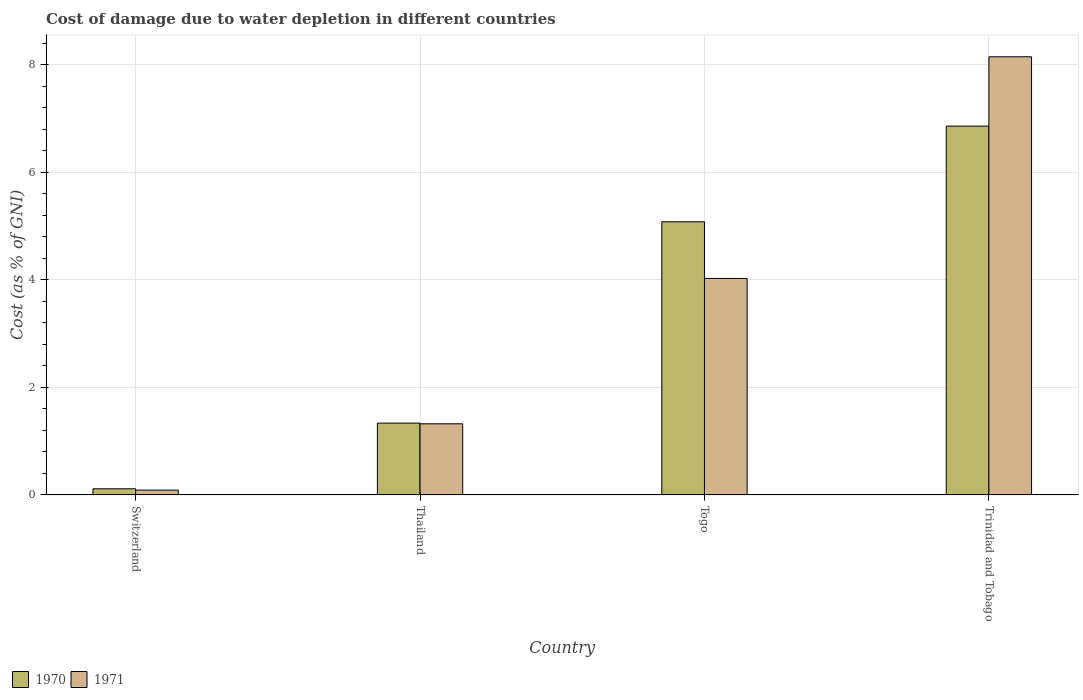
| Country | 1970 | 1971 |
 | --- | --- | --- |
 | Switzerland | 0.114 | 0.0892 |
 | Thailand | 1.33 | 1.32 |
 | Togo | 5.08 | 4.02 |
 | Trinidad and Tobago | 6.86 | 8.14 |